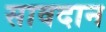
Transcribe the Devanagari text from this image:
सावदान